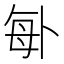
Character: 𠧩